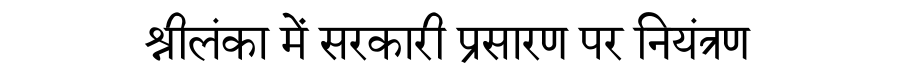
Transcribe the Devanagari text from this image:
श्रीलंका में सरकारी प्रसारण पर नियंत्रण